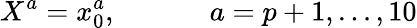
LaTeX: X^{a}=x_{0}^{a},~~~~~~~~~~~~~a=p+1,...,10